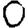
Digit: 0